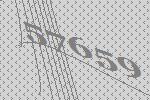
57659